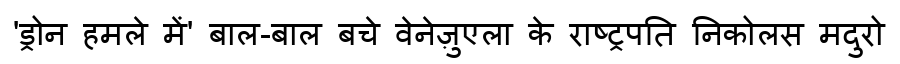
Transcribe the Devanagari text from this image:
'ड्रोन हमले में' बाल-बाल बचे वेनेज़ुएला के राष्ट्रपति निकोलस मदुरो